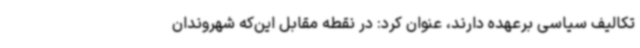
تکالیف سیاسی برعهده دارند، عنوان کرد: در نقطه مقابل این‌که شهروندان